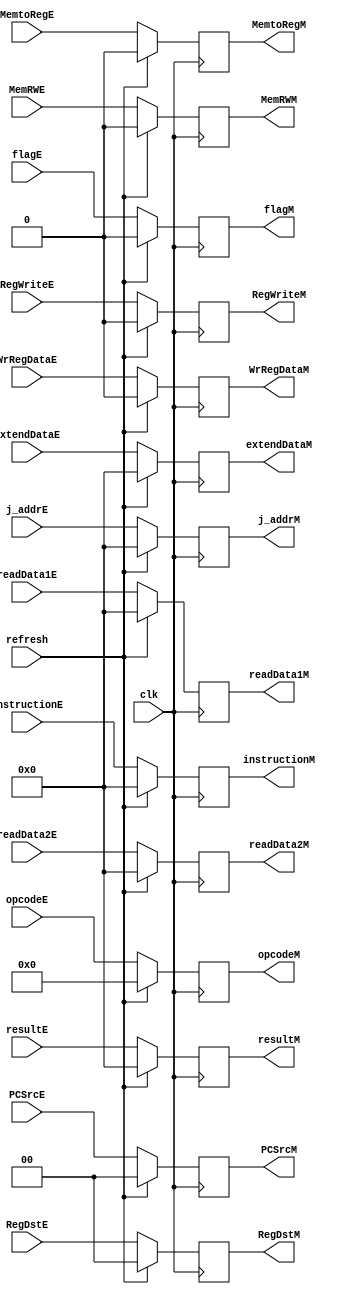
/* Pipeline register between EX stage and MEM stage
**
*/

`timescale 100fs/100fs
module PipeReg_EXMEM
    (   //Inputs
        input clk, 
        input [31:0] j_addrE,
        input refresh,
        input [31:0] extendDataE, instructionE,
        input WrRegDataE, MemtoRegE, RegWriteE, 
        input [1:0] RegDstE,
        input [5:0] opcodeE,
        input flagE,
        input [1:0] PCSrcE,
        input [31:0] resultE,
        input MemRWE,
        input [31:0] readData1E, readData2E,

        //Outputs
        output reg [31:0] j_addrM,
        output reg [31:0] extendDataM,instructionM,
        output reg WrRegDataM, MemtoRegM, RegWriteM, 
        output reg [1:0] RegDstM,
        output reg [5:0] opcodeM,
        output reg flagM,
        output reg [1:0] PCSrcM,
        output reg [31:0] resultM,
        output reg MemRWM,
        output reg [31:0] readData1M, readData2M
    );

    always @(posedge clk) begin
        if (refresh == 0) begin
            j_addrM <= j_addrE;
            extendDataM <= extendDataE;
            instructionM <= instructionE;
            WrRegDataM <= WrRegDataE;
            MemtoRegM <= MemtoRegE;
            RegWriteM <= RegWriteE;
            RegDstM <= RegDstE;
            opcodeM <= opcodeE;
            flagM <= flagE;
            PCSrcM <= PCSrcE;
            resultM <= resultE;
            MemRWM <= MemRWE;
            readData1M <= readData1E;
            readData2M <= readData2E;
        end
        else begin
            j_addrM <= 0;
            extendDataM <= 0;
            instructionM <= 0;
            WrRegDataM <= 0;
            MemtoRegM <= 0;
            RegWriteM <= 0;
            RegDstM <= 0;
            opcodeM <= 0;
            flagM <= 0;
            PCSrcM <= 0;
            resultM <= 0;
            MemRWM <= 0;
            readData1M <= 0;
            readData2M <= 0;
        end
    end

endmodule